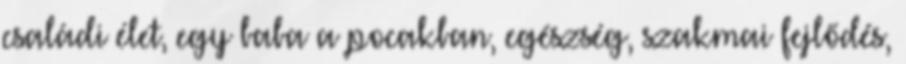
családi élet, egy baba a pocakban, egészség, szakmai fejlődés,